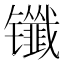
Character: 𰿈